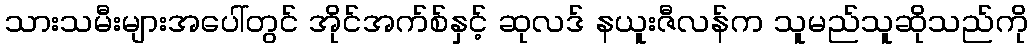
သားသမီးများအပေါ်တွင် အိုင်အက်စ်နှင့် ဆုလဒ် နယူးဇီလန်က သူမည်သူဆိုသည်ကို